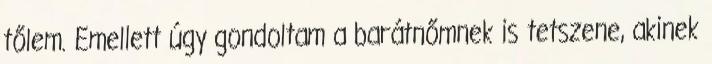
tőlem. Emellett úgy gondoltam a barátnőmnek is tetszene, akinek